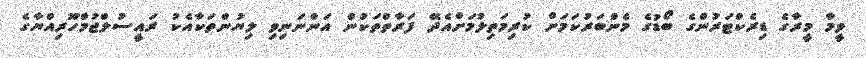
ވީމާ މީރާގެ ޑިރެކްޓަރުންގެ ބޯޑުގެ މެންބަރުކަމަށް ކުރިމަތިލުމަށްއެދޭ ފަރާތްތަކުން އަންނަނިވި ލިޔުންތަކާއެކު ރައީސުލްޖުމްހޫރިއްޔާގެ